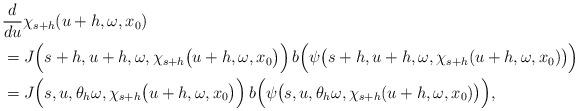
LaTeX: \begin{align*}&\frac{d}{d u} \chi_{s + h}(u + h,\omega,x_0) \\&= J\Big(s + h,u + h,\omega, \chi_{s + h}\big(u + h,\omega,x_0\big)\Big)\, b\Big(\psi\big(s + h,u + h,\omega,\chi_{s + h}(u + h,\omega,x_0)\big)\Big) \\ &= J\Big(s ,u , \theta_h \omega, \chi_{s + h}\big(u + h,\omega,x_0\big)\Big)\, b\Big(\psi\big(s ,u ,\theta_h \omega,\chi_{s + h}(u + h,\omega,x_0)\big)\Big),\end{align*}